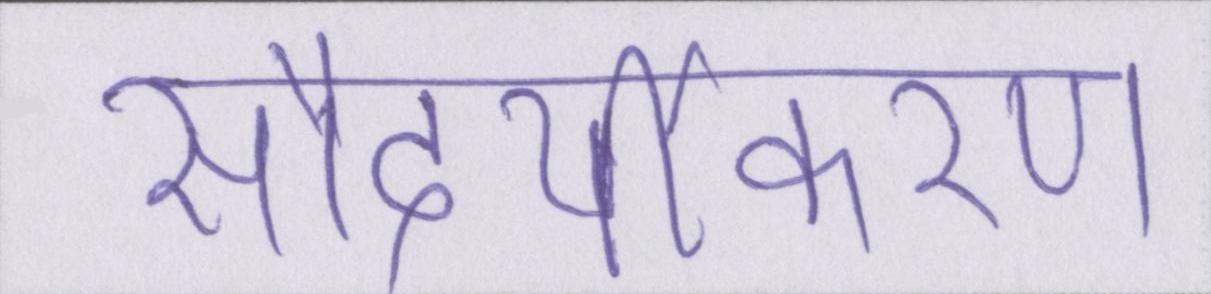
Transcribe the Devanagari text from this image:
सौंदर्यीकरण